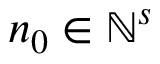
\boldsymbol n _ { 0 } \in { \mathbb N } ^ { s }